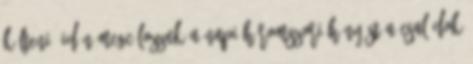
költeni. Idén megcélozzuk a napi háromszori hányást A családok